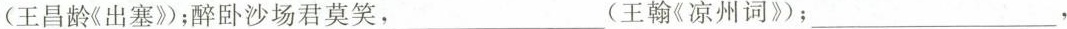
(王昌龄《出塞》；醉卧沙场君莫笑，___(王翰《凉州词》；___，